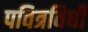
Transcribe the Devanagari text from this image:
पवित्रविधी